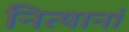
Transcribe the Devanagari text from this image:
नित्यानां